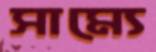
সাম্যে